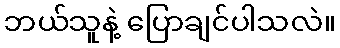
ဘယ်သူနဲ့ ပြောချင်ပါသလဲ။